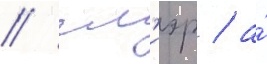
// Гл'иэр / а́